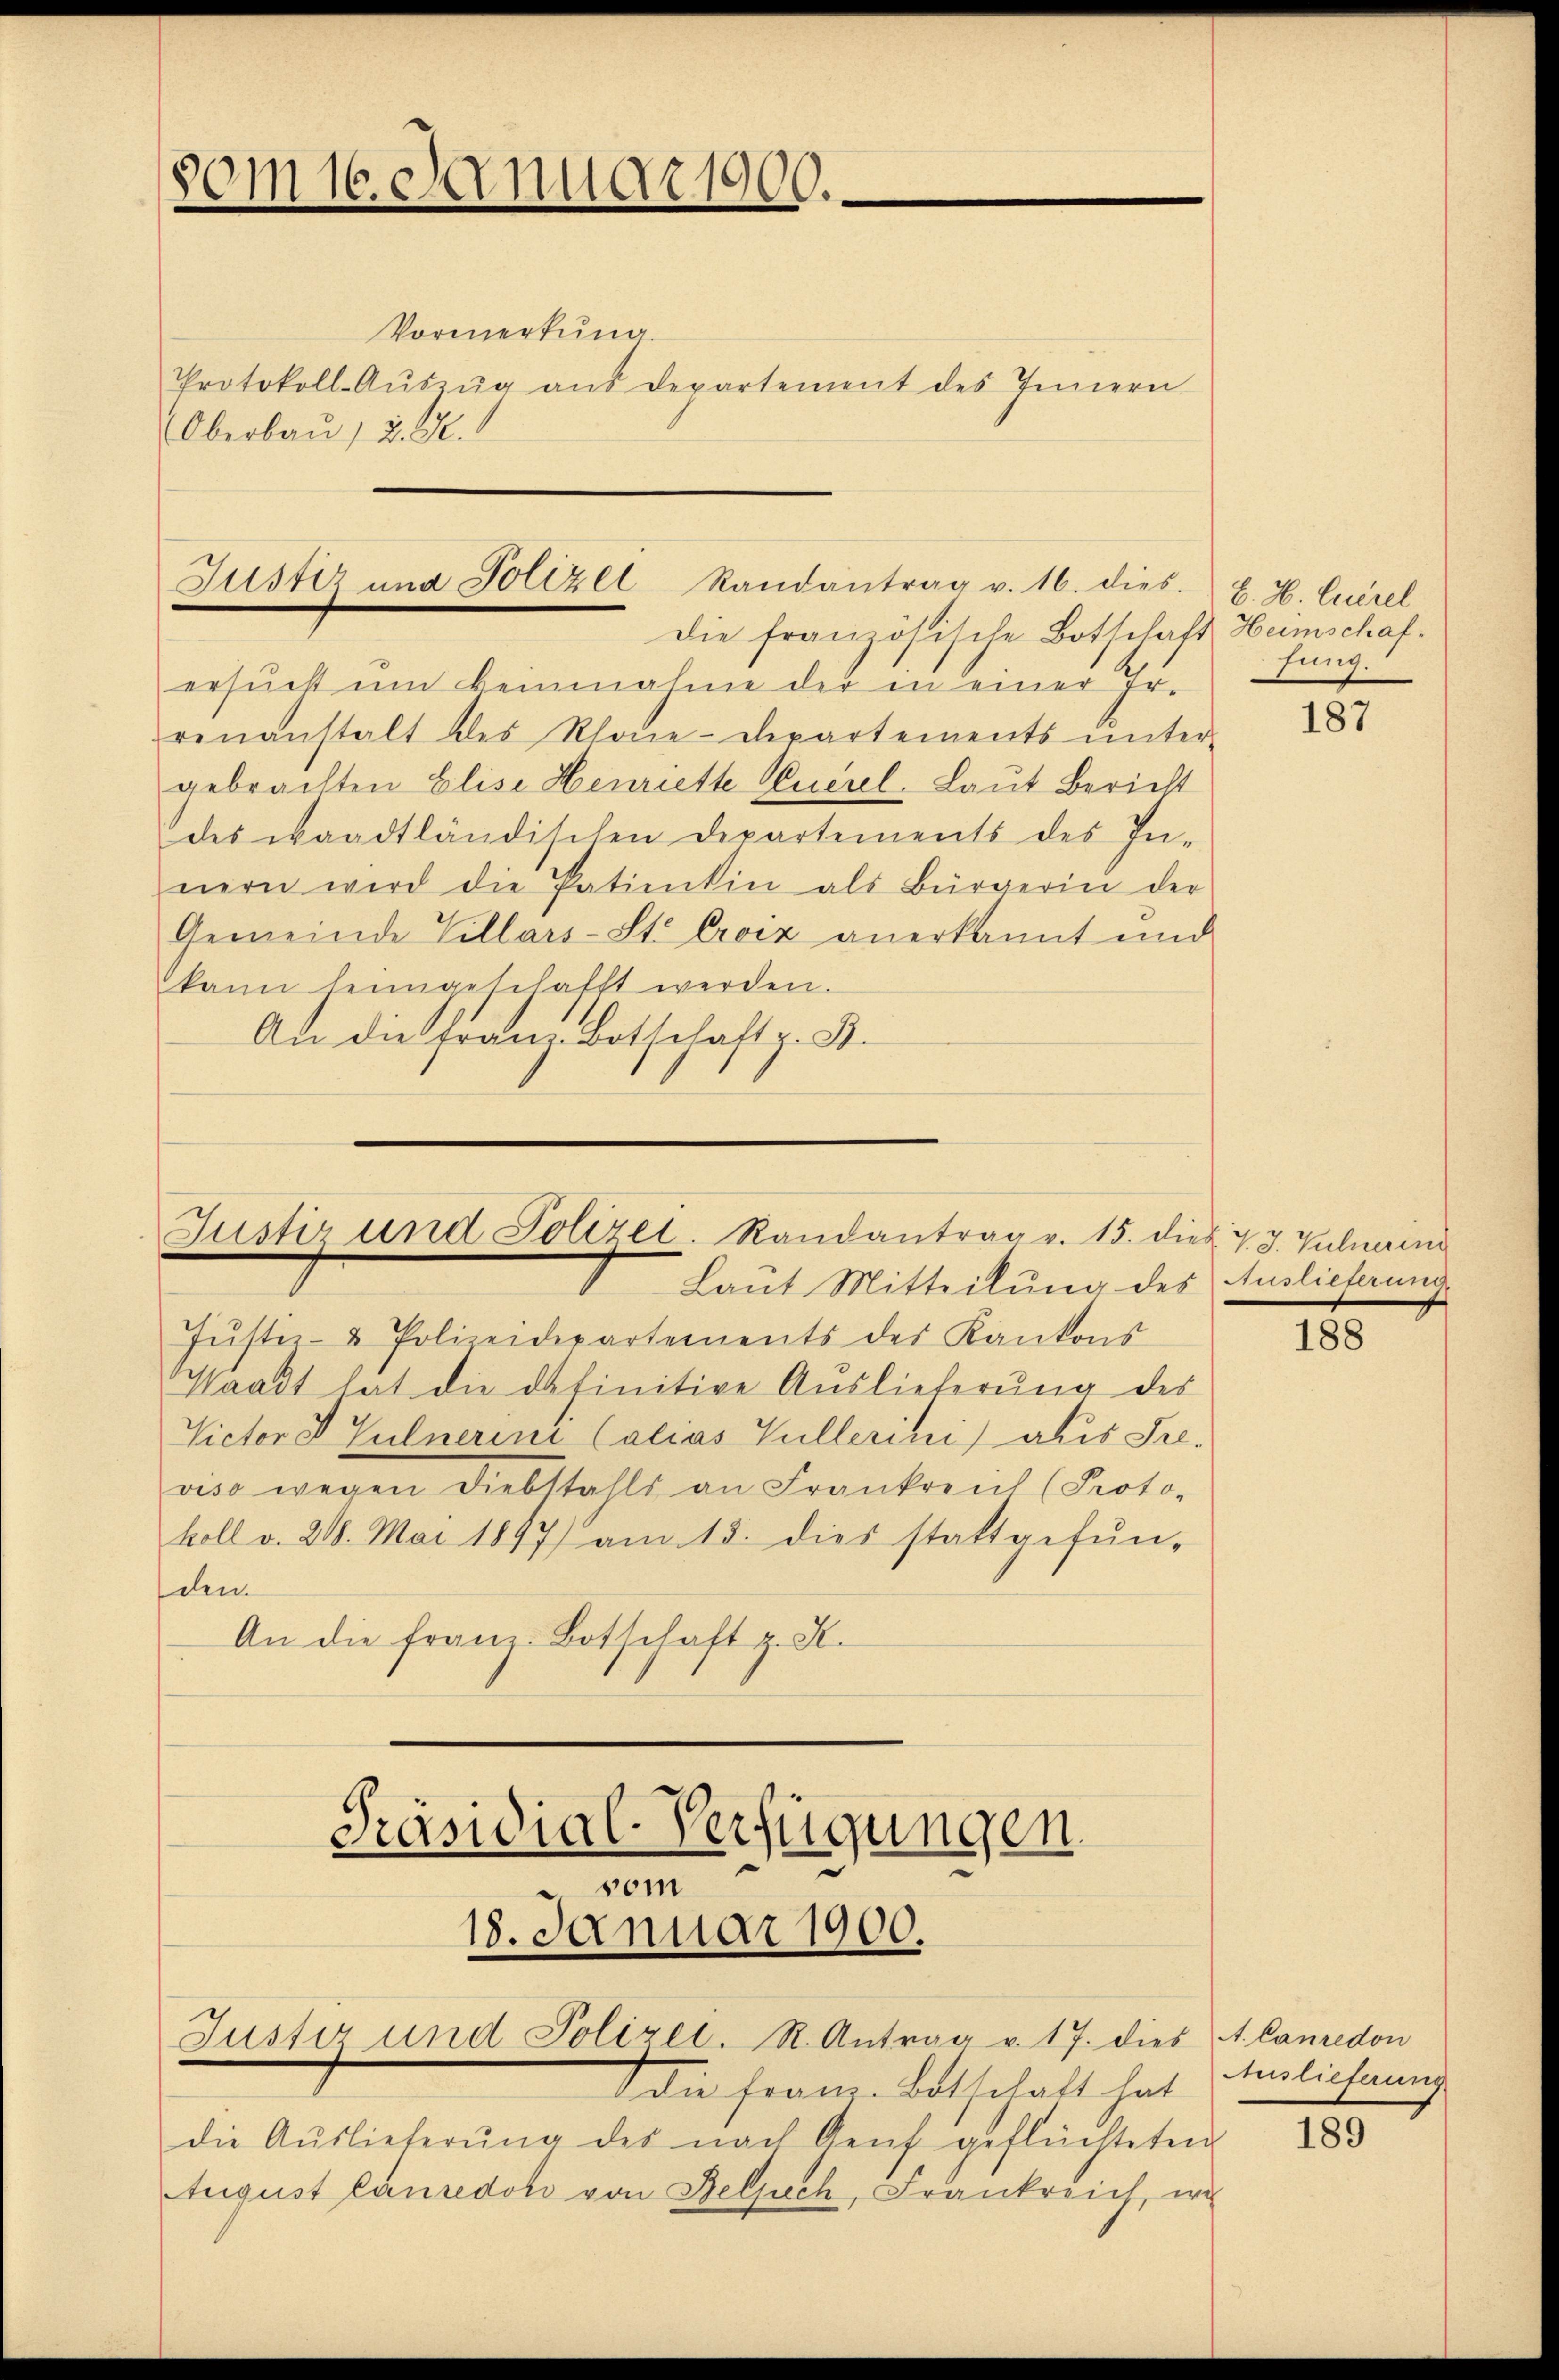
80m 16. Januar 1900.

Vormerkung.
Protokoll- Aŭszŭg aŭs departement des Innern
Oberbau, u. S.

ersŭcht ŭm keinnahme der in einer Er-
renanstalt des Rhone-Departements ŭnter-
gebrachten Elise Henriette Euerel. Laut Bericht
des waadtländischen Departements des In-
nern wird die Patientin als Bürgerin der
Gemeinde Villars-St. Croix anerkannt und
kann heimgeschafft werden.
An die Franz Botschaft z. B.

Justiz und Polizei Randantrag v. 16. dies.
Die französische Botschaft Humschaf¬

Justiz und Polizet. Randantrag v. 15. dies v. J. Gulnini
Laut Mitteilung des Auslieferung

Jŭster- & Polizeidepartements des Kantons
Waadt hat die definitive Auslieferŭng des
Victor D Vulnerini Calias Gullerini als Sr.
viso wegen Diebstahls an Frankreich (Proto-
koll v. 218. Mai 1877) am 13. dies stattgefŭn-
den.
An die franz Botschaft z. K.
Präsidial-Verfügungen.
vom

18. Januar 1900.
Justiz und Polizei. R. Antrag v. 17. dies A. Canredon
die franz. Botschaft hat Marlichnung

die Aŭslieferŭng des nach Genf geflüchteten
August Canredoli von Belpech, Frankreich, wi

B. H. Euerel
sung.

187

188

189